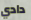
دادي